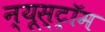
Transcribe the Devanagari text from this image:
न्यूस्ट्रॉम